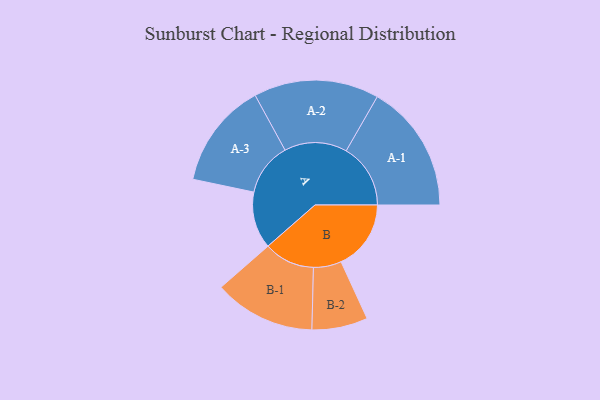
{"axis": {"x": "Segment", "y": "Value"}, "legend": ["", "A", "B"], "data": [{"x": "A", "y": 234, "type": ""}, {"x": "B", "y": 288, "type": ""}, {"x": "A-1", "y": 265, "type": "A"}, {"x": "A-2", "y": 258, "type": "A"}, {"x": "A-3", "y": 218, "type": "A"}, {"x": "B-1", "y": 209, "type": "B"}, {"x": "B-2", "y": 115, "type": "B"}]}